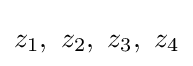
z_{1},\ z_{2},\ z_{3},\ z_{4}